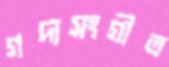
গদ্যসংগীত